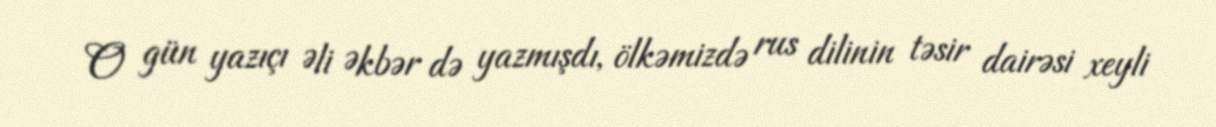
O gün yazıçı Əli Əkbər də yazmışdı, ölkəmizdə rus dilinin təsir dairəsi xeyli